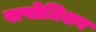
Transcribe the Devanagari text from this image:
सपोज़िशन